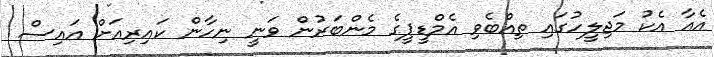
އެއާ އެކު މަޖިލީހުގައި ތިއްބެވި އެމްޑީޕީގެ މެންބަރުން ވަނީ ނިހާން ކައިރިއަށް އައިސް